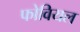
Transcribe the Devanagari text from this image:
फोवियल